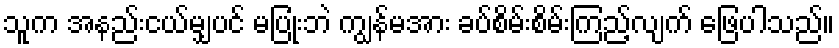
သူက အနည်းငယ်မျှပင် မပြုံးဘဲ ကျွန်မအား ခပ်စိမ်းစိမ်းကြည့်လျက် ဖြေပါသည်။